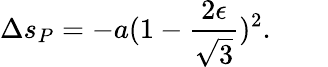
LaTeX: \Delta s_{P}=-a(1-{\frac{2\epsilon}{\sqrt{3}}})^{2}.\qquad